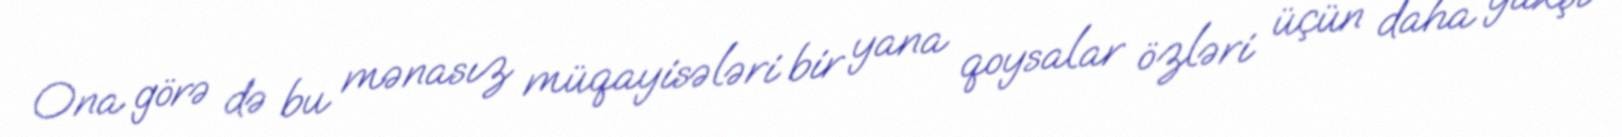
Ona görə də bu mənasız müqayisələri bir yana qoysalar özləri üçün daha yaxşı